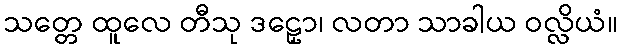
သတ္တေ ထူလေ တီသု ဒဠှော၊ လတာ သာခါယ ဝလ္လိယံ။